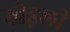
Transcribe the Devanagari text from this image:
खेड़ली